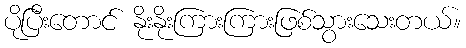
ပိုပြီးတောင် နိုးနိုးကြားကြားဖြစ်သွားသေးတယ်။